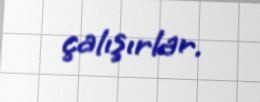
çalışırlar.